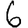
Digit: 6